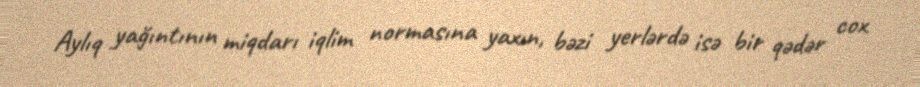
Aylıq yağıntının miqdarı iqlim normasına yaxın, bəzi yerlərdə isə bir qədər cox